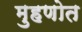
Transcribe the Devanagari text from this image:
मुहणोत